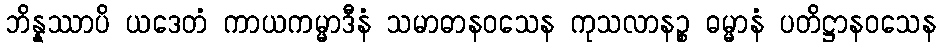
ဘိန္နဿာပိ ယဒေတံ ကာယကမ္မာဒီနံ သမာဓာနဝသေန ကုသလာနဉ္စ ဓမ္မာနံ ပတိဋ္ဌာနဝသေန